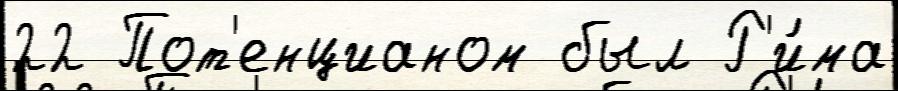
22 Пот'енцианом был Р'и́ма